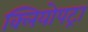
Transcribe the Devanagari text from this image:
क्लियोपट्रा